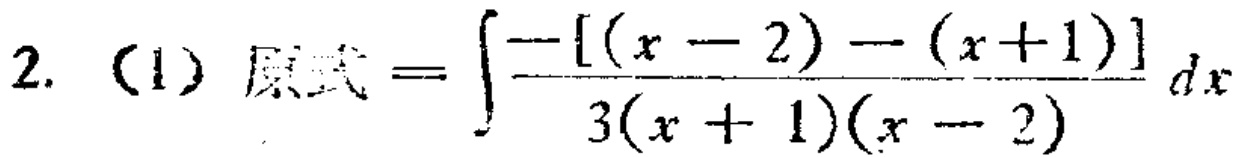
2. (1) 原式 \(=\int\frac{-[(x - 2)-(x + 1)]}{3(x + 1)(x - 2)}dx\)